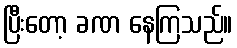
ပြီးတော့ ခဏ နေကြသည်။